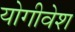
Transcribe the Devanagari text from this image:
योगीवेश